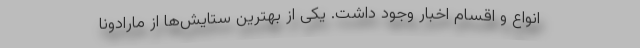
انواع و اقسام اخبار وجود داشت. یکی از بهترین ستایش‌ها از مارادونا